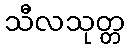
သီလသုတ္တ